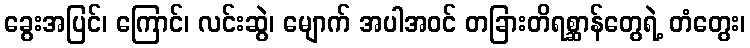
ခွေးအပြင်၊ ကြောင်၊ လင်းဆွဲ၊ မျောက် အပါအဝင် တခြားတိရစ္ဆာန်တွေရဲ့ တံတွေး၊